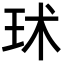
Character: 㺷